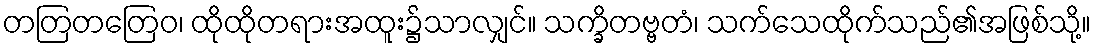
တတြတတြေဝ၊ ထိုထိုတရားအထူး၌သာလျှင်။ သက္ခိတဗ္ဗတံ၊ သက်သေထိုက်သည်၏အဖြစ်သို့။